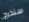
سنخرج